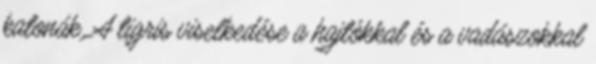
katonák. A tigris viselkedése a hajtókkal és a vadászokkal